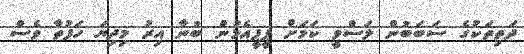
ދަތިތަކުގެ ސަބަބުން ލަސްވީ ކަމަށް ޕީޕީއެމުން ބުނާ އިރު މިދިޔަ ހަފުތާ ވެސް